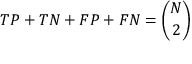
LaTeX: T P + T N + F P + F N = { \binom { N } { 2 } }